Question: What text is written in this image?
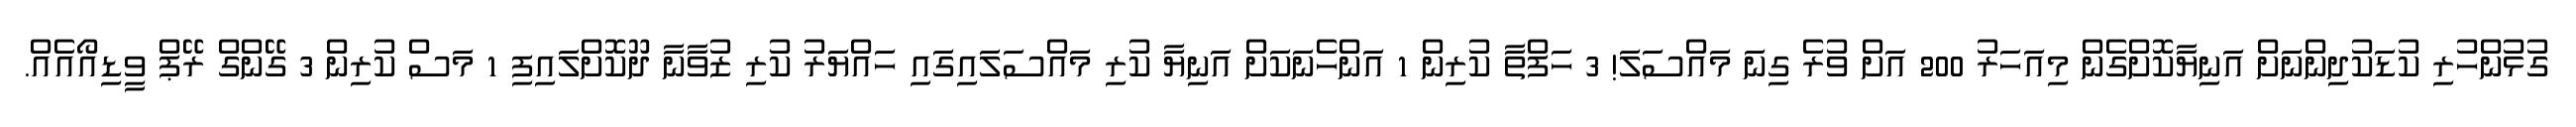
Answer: ގުޅުންހުރި ކުޑަކުދިންނަށް އަނިޔާކޮށްގެން މިއަހަރު 200 އަށް ވުރެ ގިނަ މައްސަލަ! 3 ހަފްތާ ކުރިން 1 އަންހެނަކަށް އަނިޔާ ކުރި މައްސަލައިގައި ހައްޔަރު ކުރި ޒުވާނާ ދޫކޮށްލައިފި 1 މަސް ކުރިން 3 ގޭންގް ރޭޕް ވީޑިއޯއެއް.